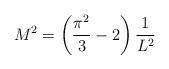
LaTeX: \begin{align*}M^{2}=\left(\frac{\pi^{2}}{3}-2\right) \frac{1}{L^{2}}\end{align*}